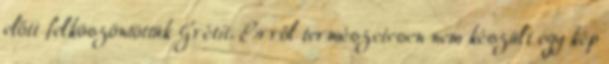
előtt felköszöntöttük Grétit. Erről természetesen nem készült egy kép